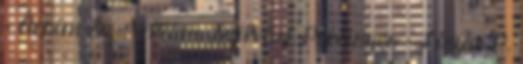
– Áchim Sz., Villám, Szilvási, Présinger – Lázár P.